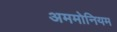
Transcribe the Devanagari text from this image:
अममोनियम